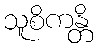
သူစိကန္တိ